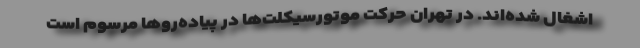
اشغال شده‌اند. در تهران حرکت موتورسیکلت‌ها در پیاده‌روها مرسوم است